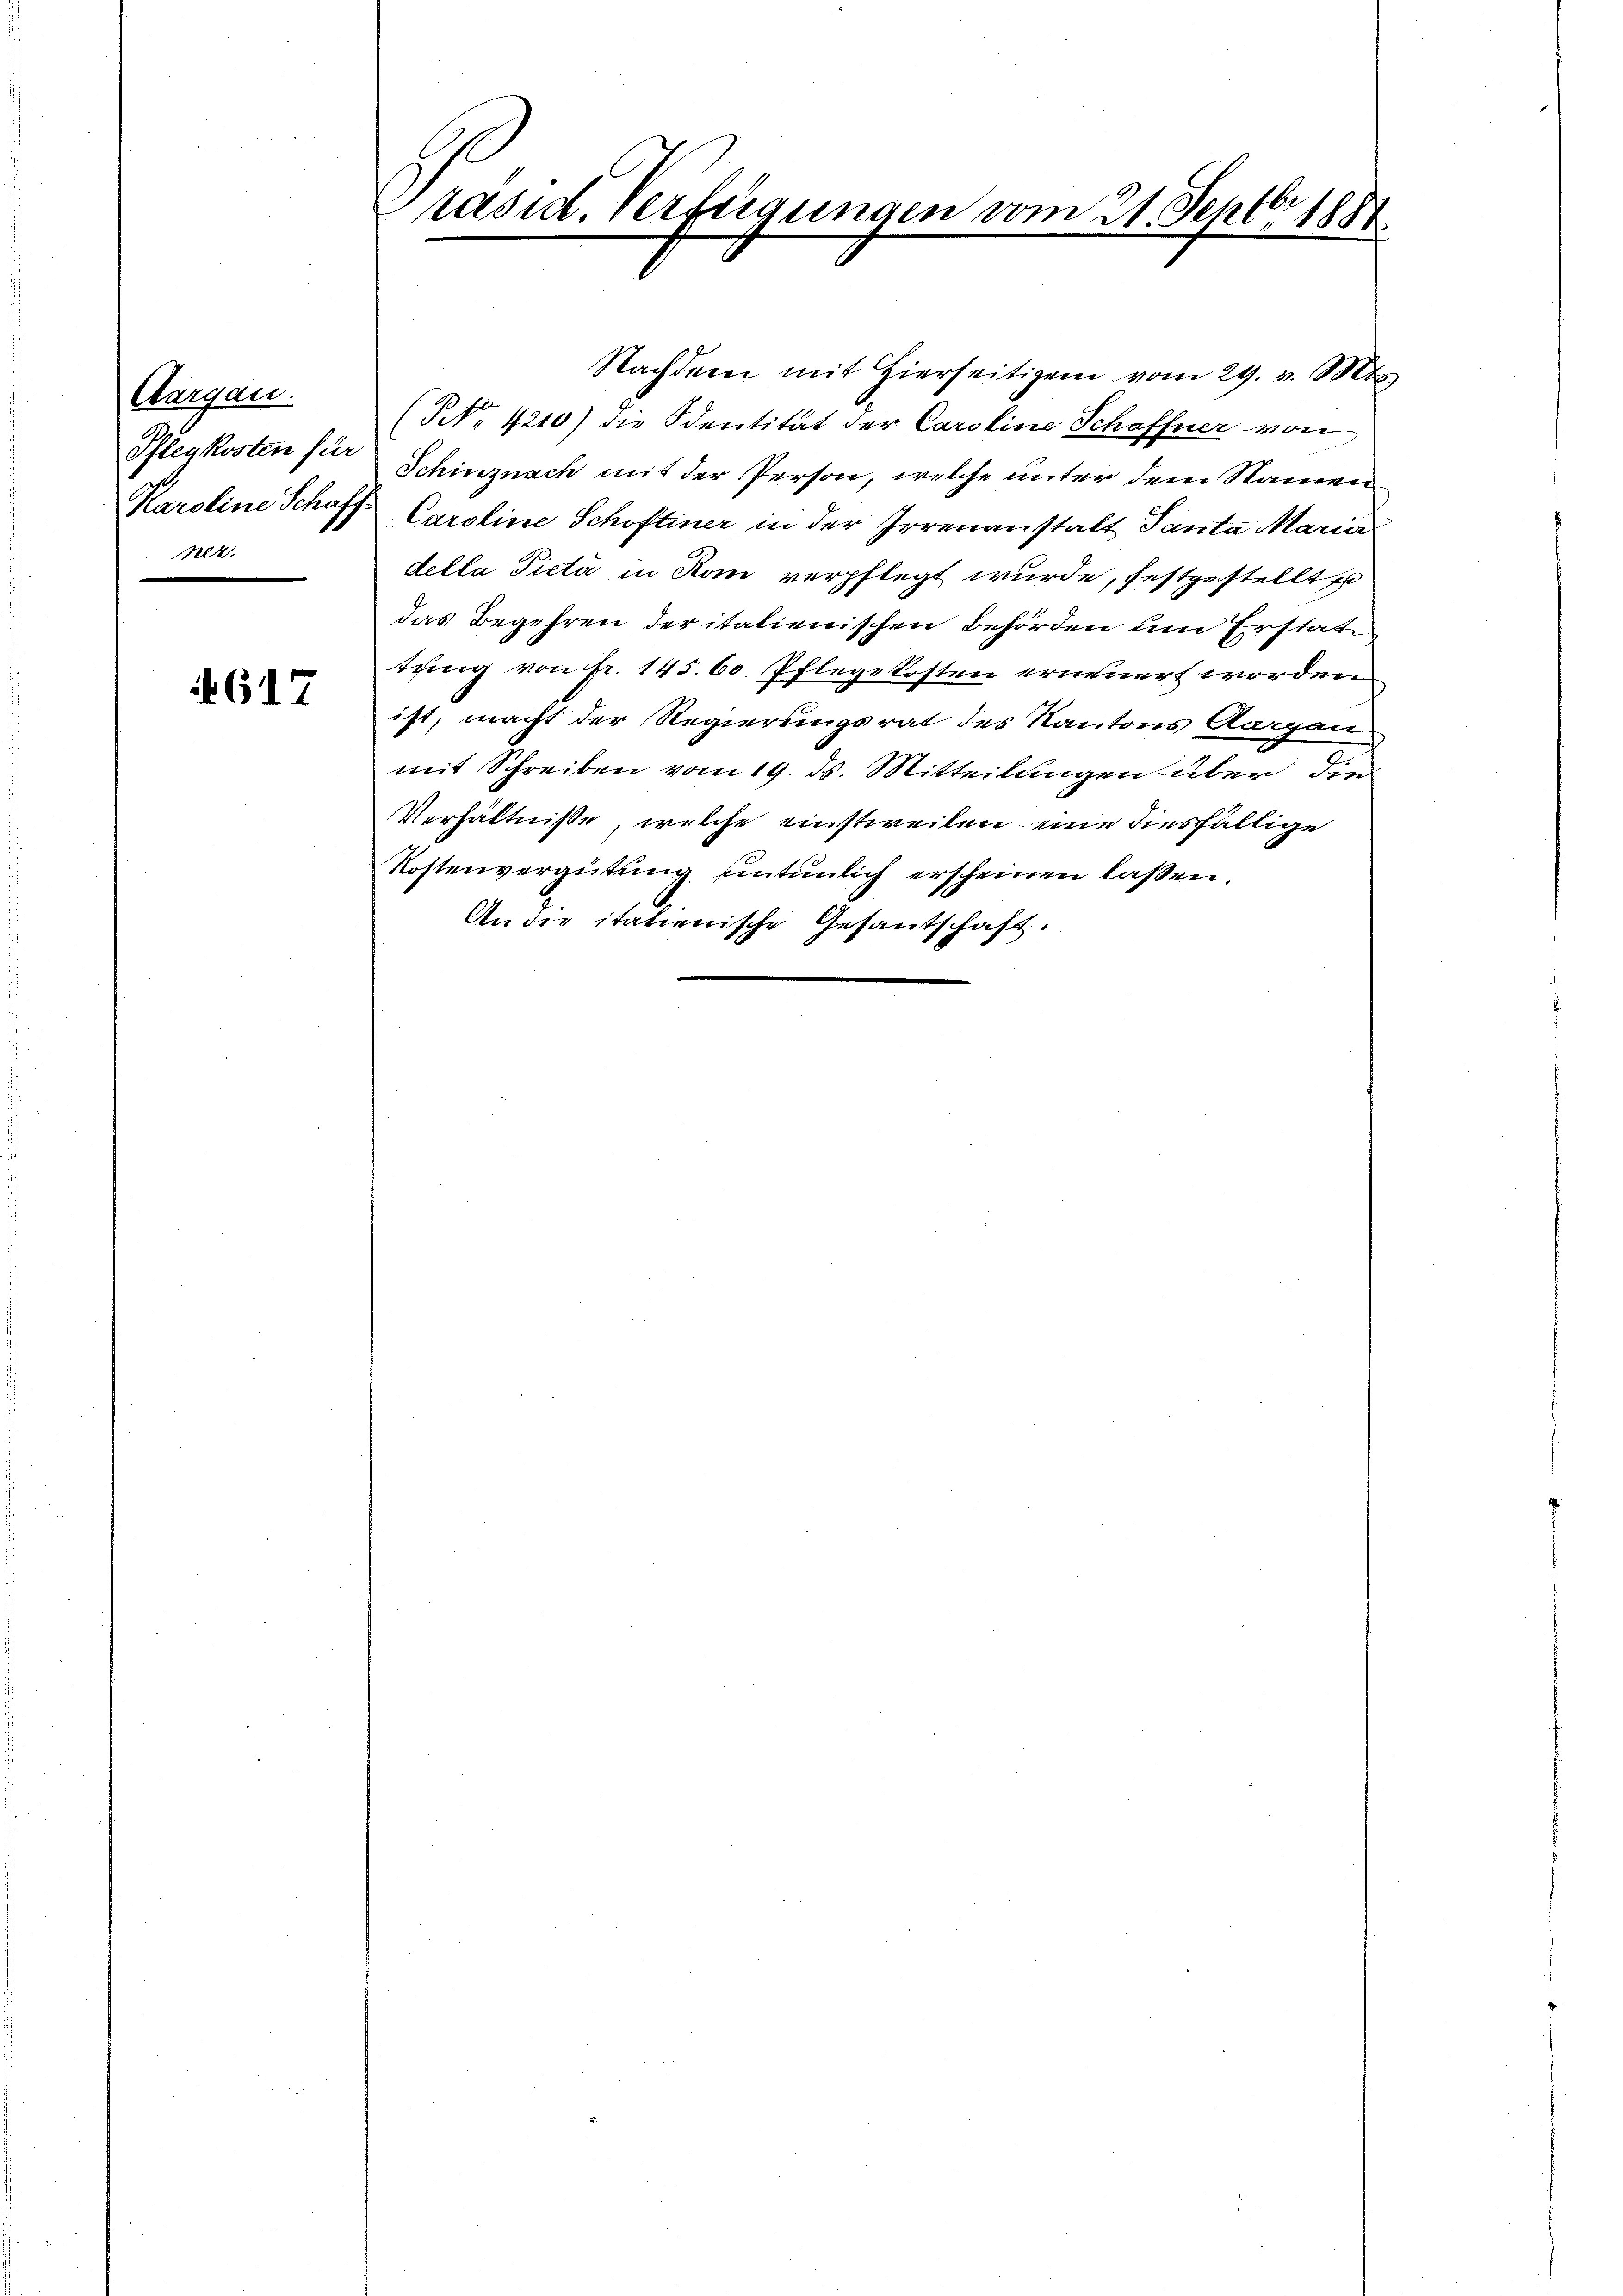
Aargau.
Pflenkosten für
Karoline Schaff-
ner.

617

räsid. Verfügungen vom 21. Septbr 1881.

Nachdem mit hierseitigen vom 29. v. Mts
(NNo. 4210) die Sentität der Caroline Schaffner von
Schinznach mit der Person, welche unter dem Namen
Caroline Schöftiner in der Irrenanstalt Tanta Maria
della Picta in Rom verpflegt wurde, festgestellt
das Begehren der italienischen Behörden um Erstat
tung von fr. 145. 60. Pflegekosten erinnert worden
ist, macht der Regierungsrat des Kantons Aargau
mit Schreiben vom 19. ds. Mitteilungen über die
Verhältniße, welche einstweilen eine diesfällige
Kostenvergütung entenlich erscheinen lassen.
An die italienische Gesantschaft.